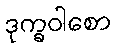
ဒုက္ခဝါစော